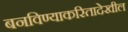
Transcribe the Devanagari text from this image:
बनविण्याकरितादेखील